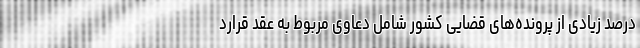
درصد زیادی از پرونده‌های قضایی کشور شامل دعاوی مربوط به عقد قرارد